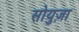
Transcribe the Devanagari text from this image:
सोयुज़ा